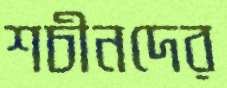
শচীনদের